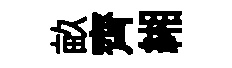
畝齊緗